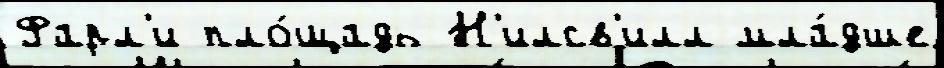
Фарл'и пло́щадь Н'илсв'илл мла́дше